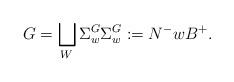
LaTeX: \begin{align*}G=\bigsqcup_{ W} \Sigma^{ G}_{w} \Sigma^{ G}_{ w}:=N^-wB^+.\end{align*}